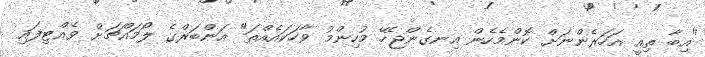
"އިބާ ތިއީ އަހަރެންނަށް ކޮންމެހެން އިނގެންޖެހޭ މުހިންމު ވާހަކައެއްތަ" އަންބަރްގެ ލޯމައްޗަށް ވެއްޓިފައި